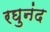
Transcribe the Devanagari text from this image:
रघुनंद